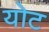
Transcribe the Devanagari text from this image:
योट